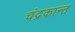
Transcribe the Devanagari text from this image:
चंद्रकान्त